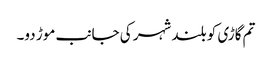
تم گاڑی کو بلند شہر کی جانب موڑ دو۔